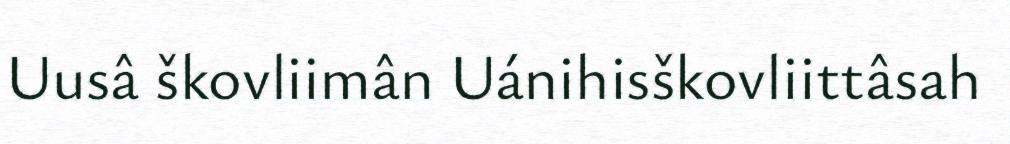
Uusâ škovliimân Uánihisškovliittâsah